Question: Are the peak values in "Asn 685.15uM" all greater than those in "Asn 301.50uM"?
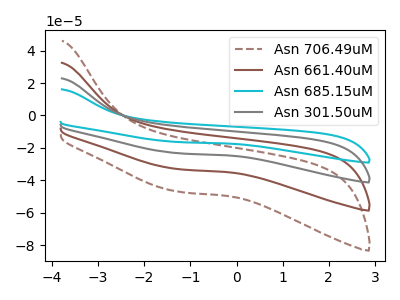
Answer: <think>The brown dashed curve "Asn 706.49uM" has no peaks. The brown curve "Asn 661.40uM" has no peaks. The cyan curve "Asn 685.15uM" has no peaks. The gray curve "Asn 301.50uM" has no peaks.</think>
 <answer>Niether CV has any peaks.</answer>
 <eval>blanks</eval>